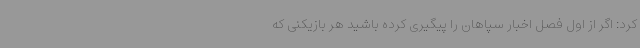
کرد: اگر از اول فصل اخبار سپاهان را پیگیری کرده باشید هر بازیکنی که